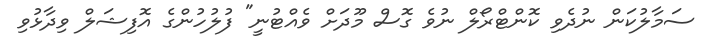
ސަމާލުކަން ނުދެވި ކޮންޓްރޯލް ނުވެ ގޮސް މޫދަށް ވެއްޓުނީ" ފުލުހުންގެ އޮފިޝަލް ވިދާޅުވި